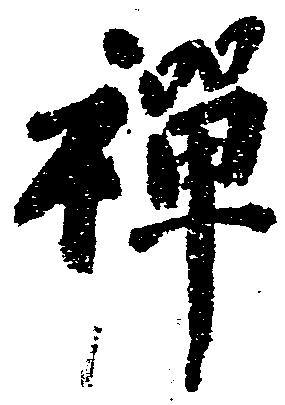
禅